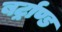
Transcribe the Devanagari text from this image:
बर्ट्राण्ड